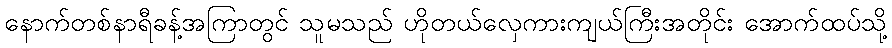
နောက်တစ်နာရီခန့်အကြာတွင် သူမသည် ဟိုတယ်လှေကားကျယ်ကြီးအတိုင်း အောက်ထပ်သို့